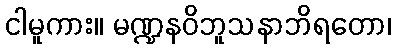
ငါမူကား။ မဏ္ဍနဝိဘူသနာဘိရတော၊